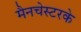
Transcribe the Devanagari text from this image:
मैनचेस्टरके